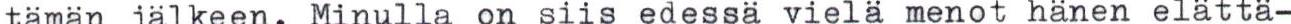
tämän jälkeen. Minulla on siis edessä vielä menot hänen elättä-